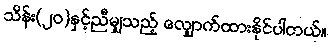
သိန်း(၂ဝ)နှင့်ညီမျှသည့် လျှောက်ထားနိုင်ပါတယ်။